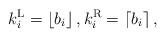
LaTeX: \begin{align*} k_i^\mathrm{L} = \left\lfloor b_i \right\rfloor , k_i^\mathrm{R} = \left\lceil b_i \right\rceil ,\end{align*}